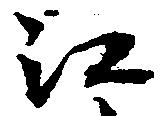
江